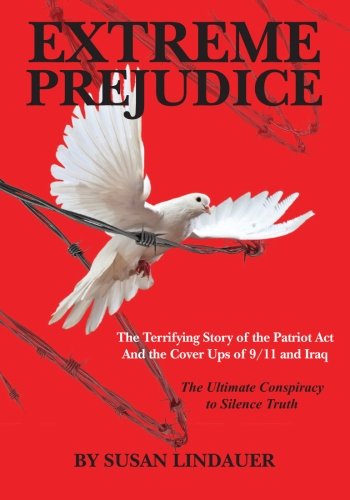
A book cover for Extreme Prejudice: The Terrifying Story of the Patriot Act and the Cover Ups of 9/11 and Iraq; Susan Lindauer; Biographies & Memoirs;